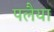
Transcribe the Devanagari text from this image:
पलैया